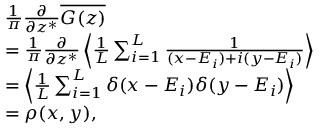
\begin{array} { r l } & { \frac { 1 } { \pi } \frac { \partial } { \partial z ^ { \ast } } \overline { { G ( z ) } } } \\ & { = \frac { 1 } { \pi } \frac { \partial } { \partial z ^ { \ast } } \left< \frac { 1 } { L } \sum _ { i = 1 } ^ { L } \frac { 1 } { ( x - \relax E _ { i } ) + i ( y - \relax E _ { i } ) } \right> } \\ & { = \left< \frac { 1 } { L } \sum _ { i = 1 } ^ { L } \delta ( x - \relax E _ { i } ) \delta ( y - \relax E _ { i } ) \right> } \\ & { = \rho ( x , y ) , } \end{array}